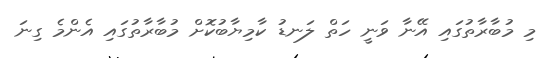
މި މުބާރާތުގައި އޭނާ ވަނީ ހަތް ލަނޑު ކާމިޔާބުކޮށް މުބާރާތުގައި އެންމެ ގިނަ